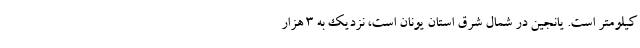
کیلومتر است. یانجین در شمال شرق استان یونان است، نزدیک به 3 هزار